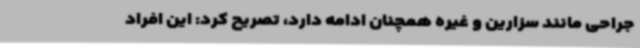
جراحی مانند سزارین و غیره همچنان ادامه دارد، تصریح کرد: این افراد